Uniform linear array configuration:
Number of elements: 48
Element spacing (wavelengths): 0.75
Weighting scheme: blackman
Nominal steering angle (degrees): -45
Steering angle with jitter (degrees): -45.908
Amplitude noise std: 0.05
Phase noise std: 0.05

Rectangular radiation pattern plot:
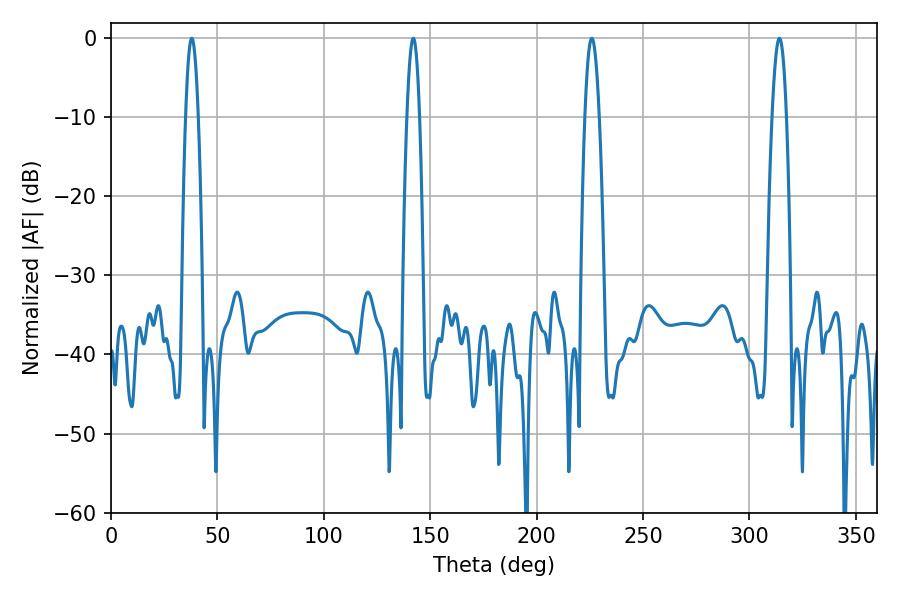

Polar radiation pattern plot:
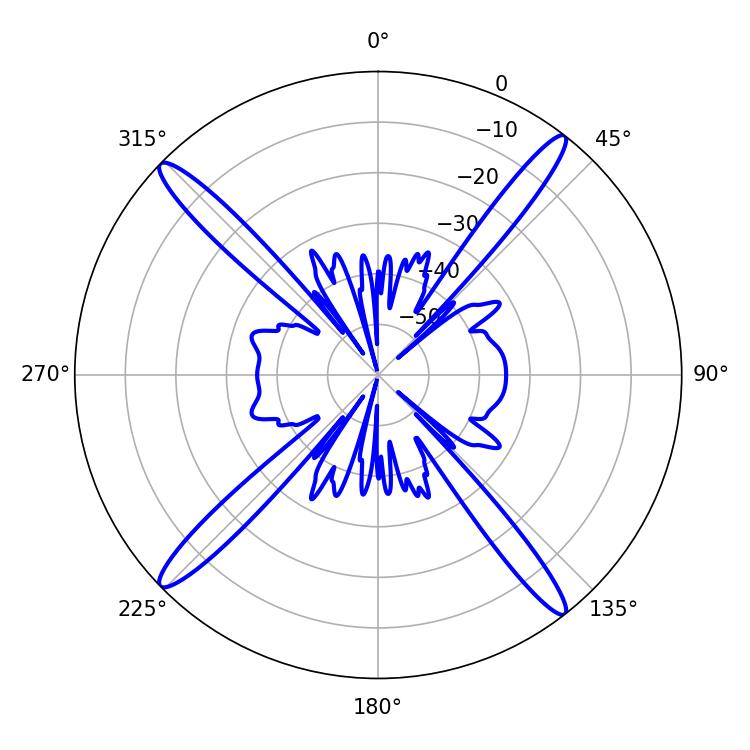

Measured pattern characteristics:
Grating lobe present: TRUE
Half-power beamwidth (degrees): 3.6
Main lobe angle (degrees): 225.9